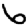
Digit: 6